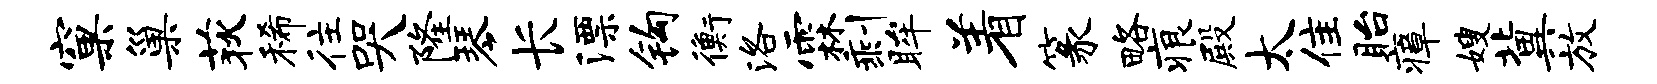
窠巢荻稀往哭隆琴长漂钩衡洛霖剩眸着篆略痕殿太隹眙瘴嫂冀放